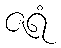
ဇရံ